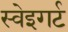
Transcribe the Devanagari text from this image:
स्वेइगर्ट